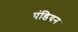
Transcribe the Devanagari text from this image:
पंडियन